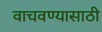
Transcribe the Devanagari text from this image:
वाचवण्‍यासाठी